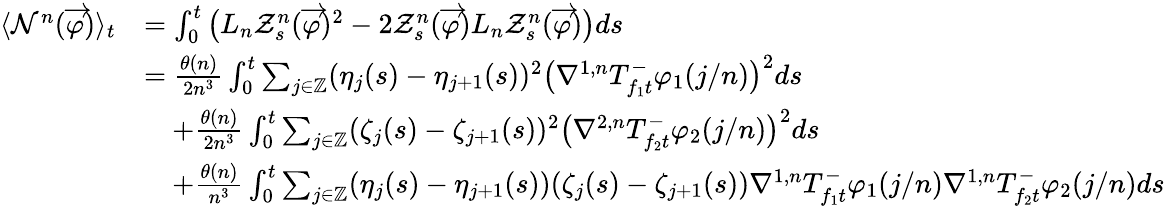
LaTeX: \begin{array}{rl}{\langle\mathcal{N}^{n}(\overrightarrow{\varphi})\rangle_{t}}&{=\int_{0}^{t}\big(L_{n}\mathcal{Z}_{s}^{n}(\overrightarrow{\varphi})^{2}-2\mathcal{Z}_{s}^{n}(\overrightarrow{\varphi})L_{n}\mathcal{Z}_{s}^{n}(\overrightarrow{\varphi})\big)ds}\\ &{=\frac{\theta(n)}{2n^{3}}\int_{0}^{t}\sum_{j\in\mathbb{Z}}(\eta_{j}(s)-\eta_{j+1}(s))^{2}\big(\nabla^{1,n}T_{f_{1}t}^{-}\varphi_{1}(j/n)\big)^{2}ds}\\ &{\quad+\frac{\theta(n)}{2n^{3}}\int_{0}^{t}\sum_{j\in\mathbb{Z}}(\zeta_{j}(s)-\zeta_{j+1}(s))^{2}\big(\nabla^{2,n}T_{f_{2}t}^{-}\varphi_{2}(j/n)\big)^{2}ds}\\ &{\quad+\frac{\theta(n)}{n^{3}}\int_{0}^{t}\sum_{j\in\mathbb{Z}}(\eta_{j}(s)-\eta_{j+1}(s))(\zeta_{j}(s)-\zeta_{j+1}(s))\nabla^{1,n}T_{f_{1}t}^{-}\varphi_{1}(j/n)\nabla^{1,n}T_{f_{2}t}^{-}\varphi_{2}(j/n)ds}\end{array}